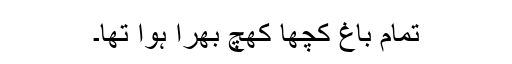
تمام باغ کچھا کھچ بھرا ہوا تھا۔